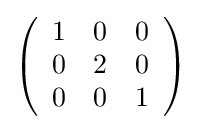
{\textstyle \left({\begin{array}{rrr}1&0&0\\0&2&0\\0&0&1\\\end{array}}\right)}